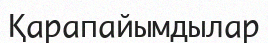
Қарапайымдылар